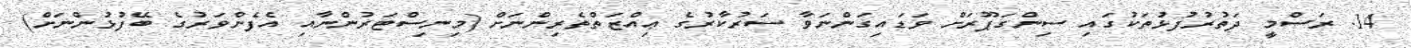
14. ރަސްމީ ދަތުރުފުޅުތަކުގައި ސިންގަޕޫރަށް ވަޑައިގަންނަވާ ސަރުކާރުގެ ޢިއްޒަތްތެރިންނަށް (މިނިސްޓަރުންނާއި އެފެންވަރުގެ ބޭފުޅުންނަށް)